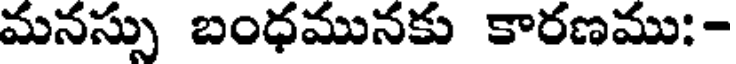
మనస్సు బంధమునకు కారణము: -